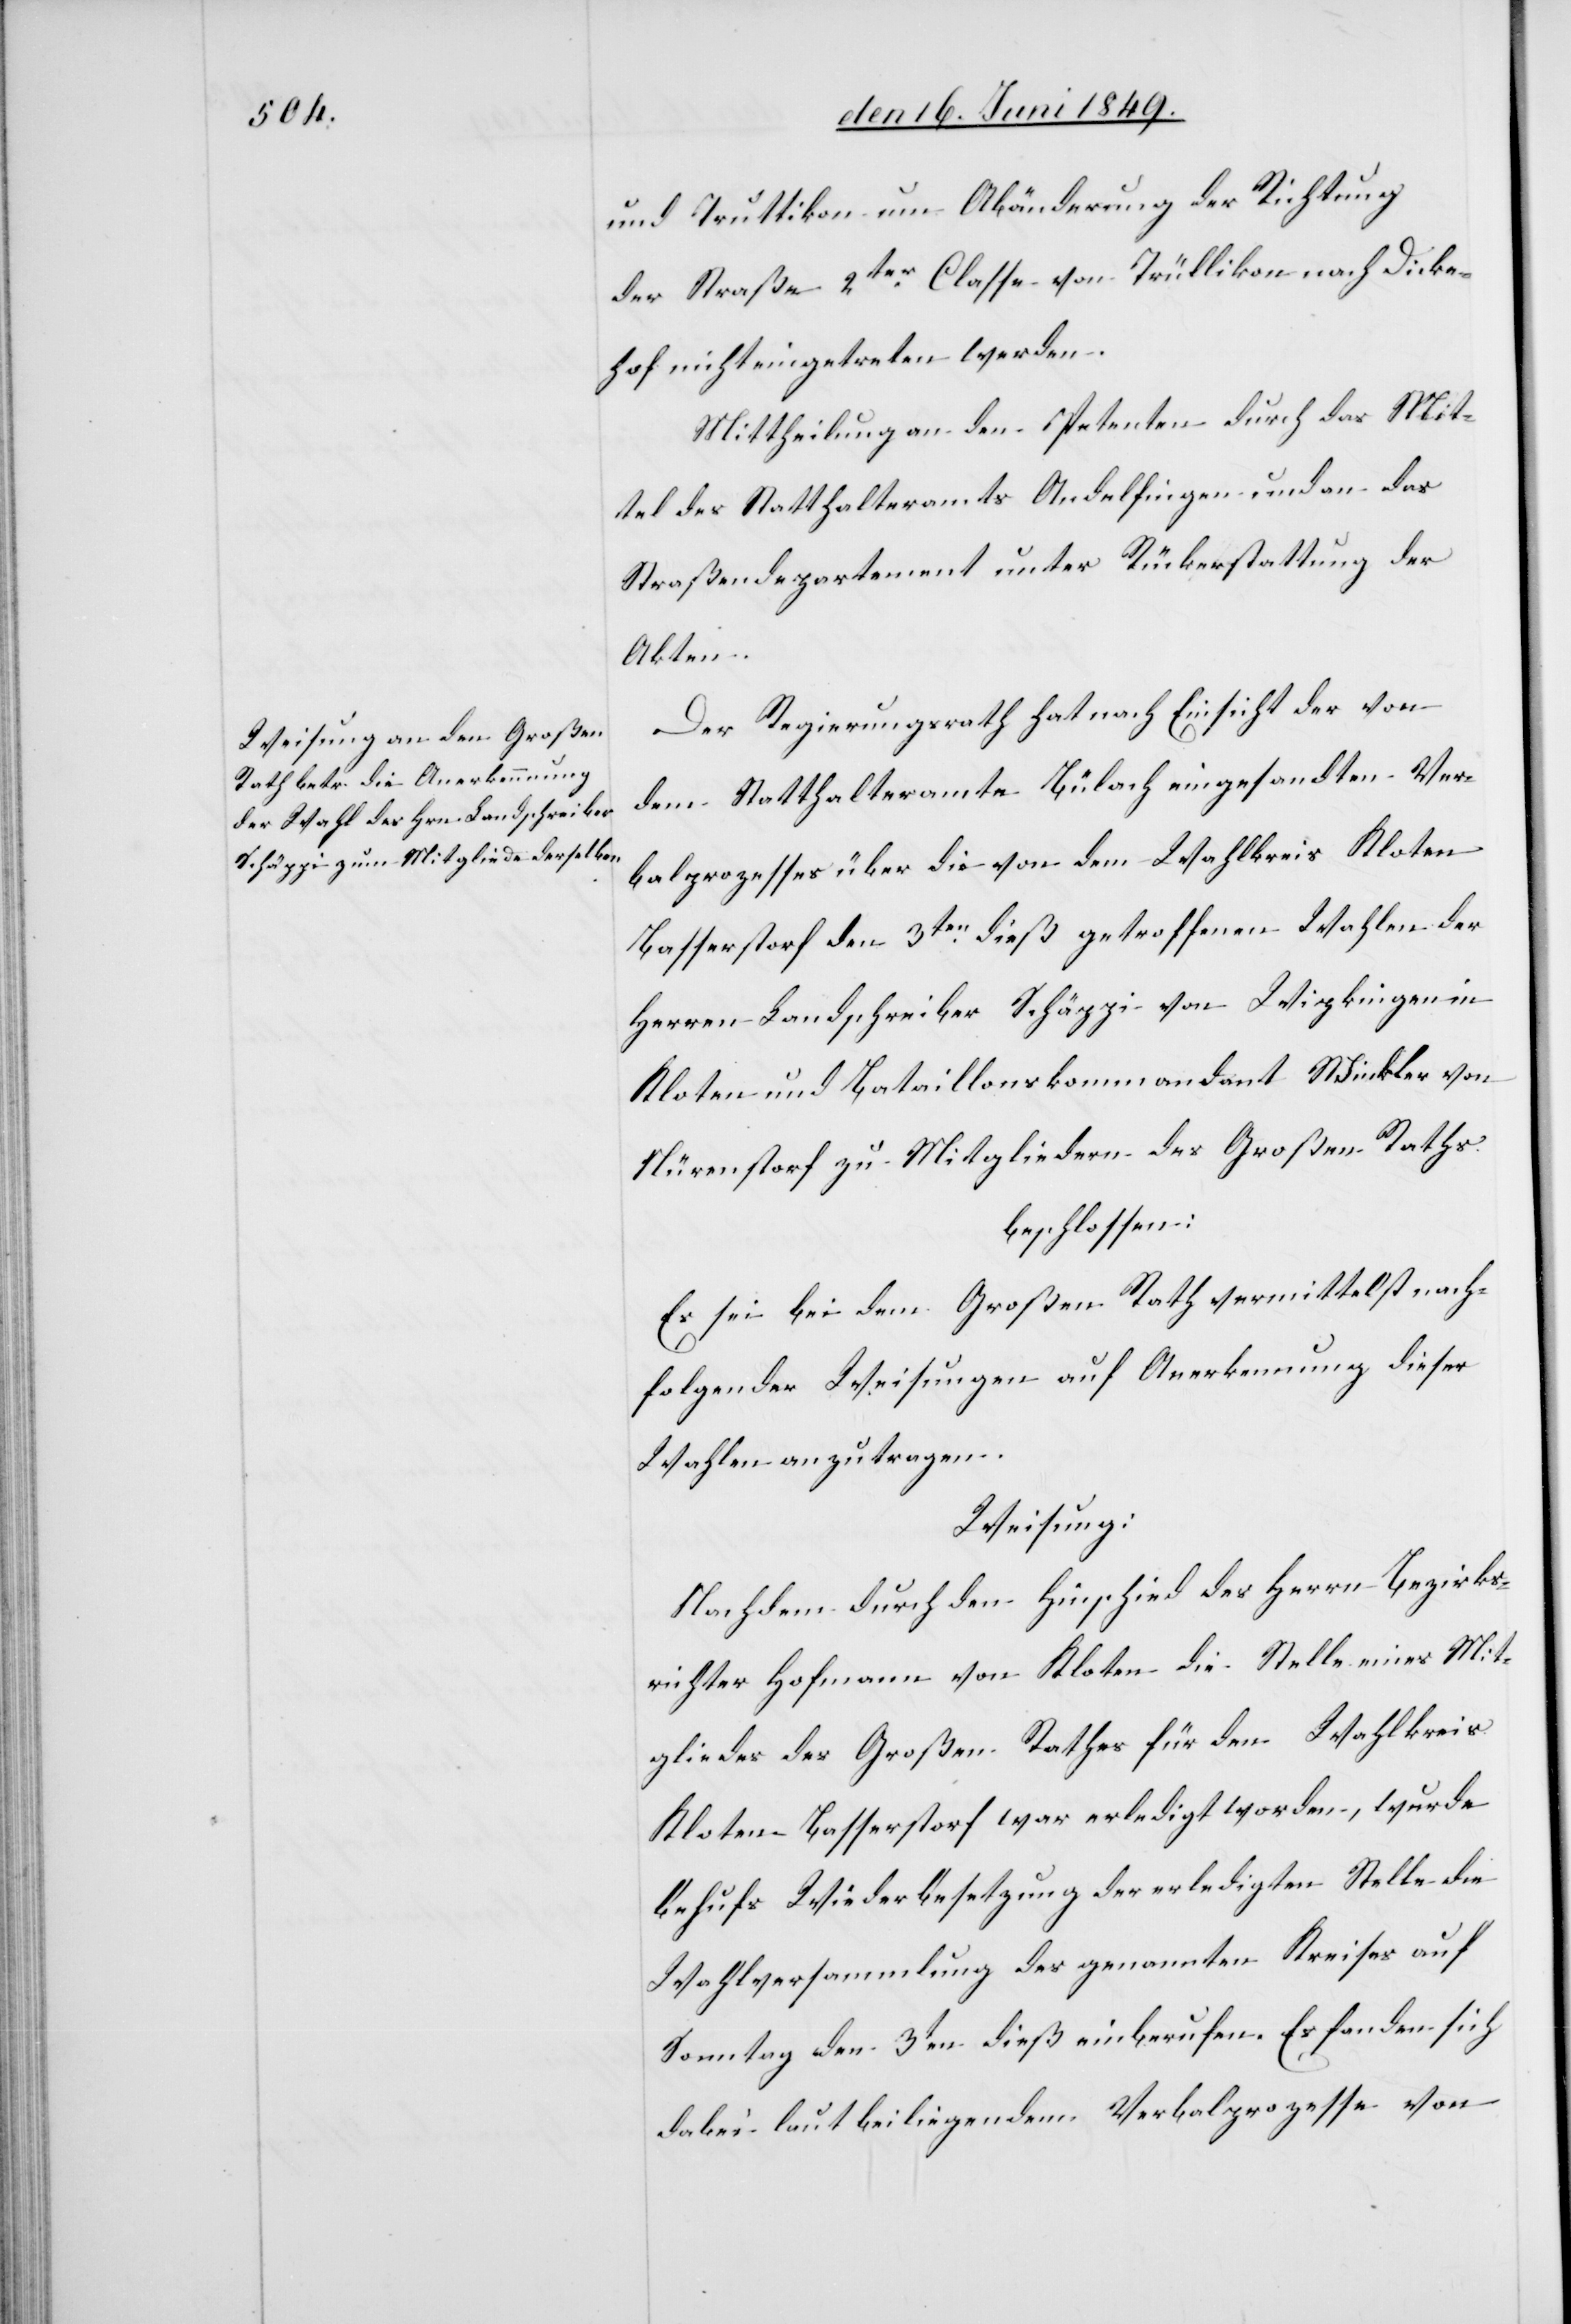
und Truttikon um Abänderung der Richtung
der Straße 2ter Classe von Trüllikon nach Dicke¬
hof nicht eingetreten werden.
Mittheilung an den Petenten durch das Mit¬
tel des Statthalteramtes Andelfingen und an das
Straßendepartement unter Rückerstattung der
Akten.
Der Regierungsrath hat nach Einsicht der von
dem Statthalteramte Bülach eingesandten Ver¬
balprozesses über die von dem Wahlkreis Kloten
Basserstorf den 3ten dieß getroffenen Wahlen der
Herren Landschreiber Schäppi von Wipkingen in
Kloten und Bataillonskommandant Winkler von
Nürenstorf zu Mitgliedern des Großen Raths
beschlossen:
Es sei bei dem Großen Rath vermittelst nach¬
folgender Weisungen auf Anerkennung dieser
Wahlen anzutragen.
Weisung:
Nachdem durch den Hinschied des Herrn Bezirks¬
richter Hofmann von Kloten die Stelle eines Mit¬
gliedes des Großen Rathes für den Wahlkreis
Kloten Basserstorf war erledigt worden, wurde
behufs Wiederbesetzung der erledigten Stelle die
Wahlversammlung des genannten Kreises auf
Sonntag den 3ten dieß einberufen. Es fanden sich
dabei laut beiliegendem Verbalprozesse von